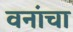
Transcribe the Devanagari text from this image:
वनांचा